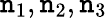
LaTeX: \mathtt{n}_{1},\mathtt{n}_{2},\mathtt{n}_{3}